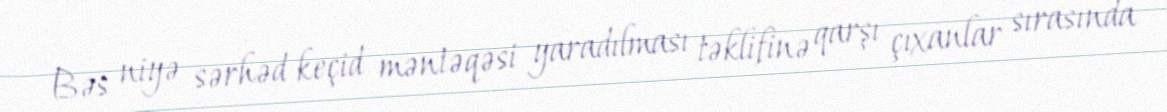
Bəs niyə sərhəd keçid məntəqəsi yaradılması təklifinə qarşı çıxanlar sırasında